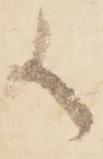
候